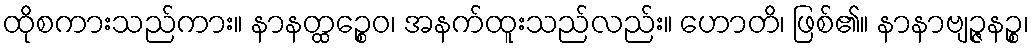
ထိုစကားသည်ကား။ နာနတ္ထဉ္စေဝ၊ အနက်ထူးသည်လည်း။ ဟောတိ၊ ဖြစ်၏။ နာနာဗျဉ္ဇနဉ္စ၊